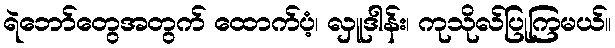
ရဲဘော်တွေအတွက် ထောက်ပံ့၊ လှူဒါန်း၊ ကုသိုလ်ပြုကြမယ်။